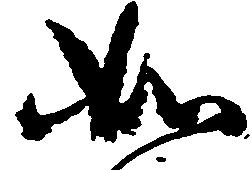
如